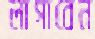
লাগাবেন